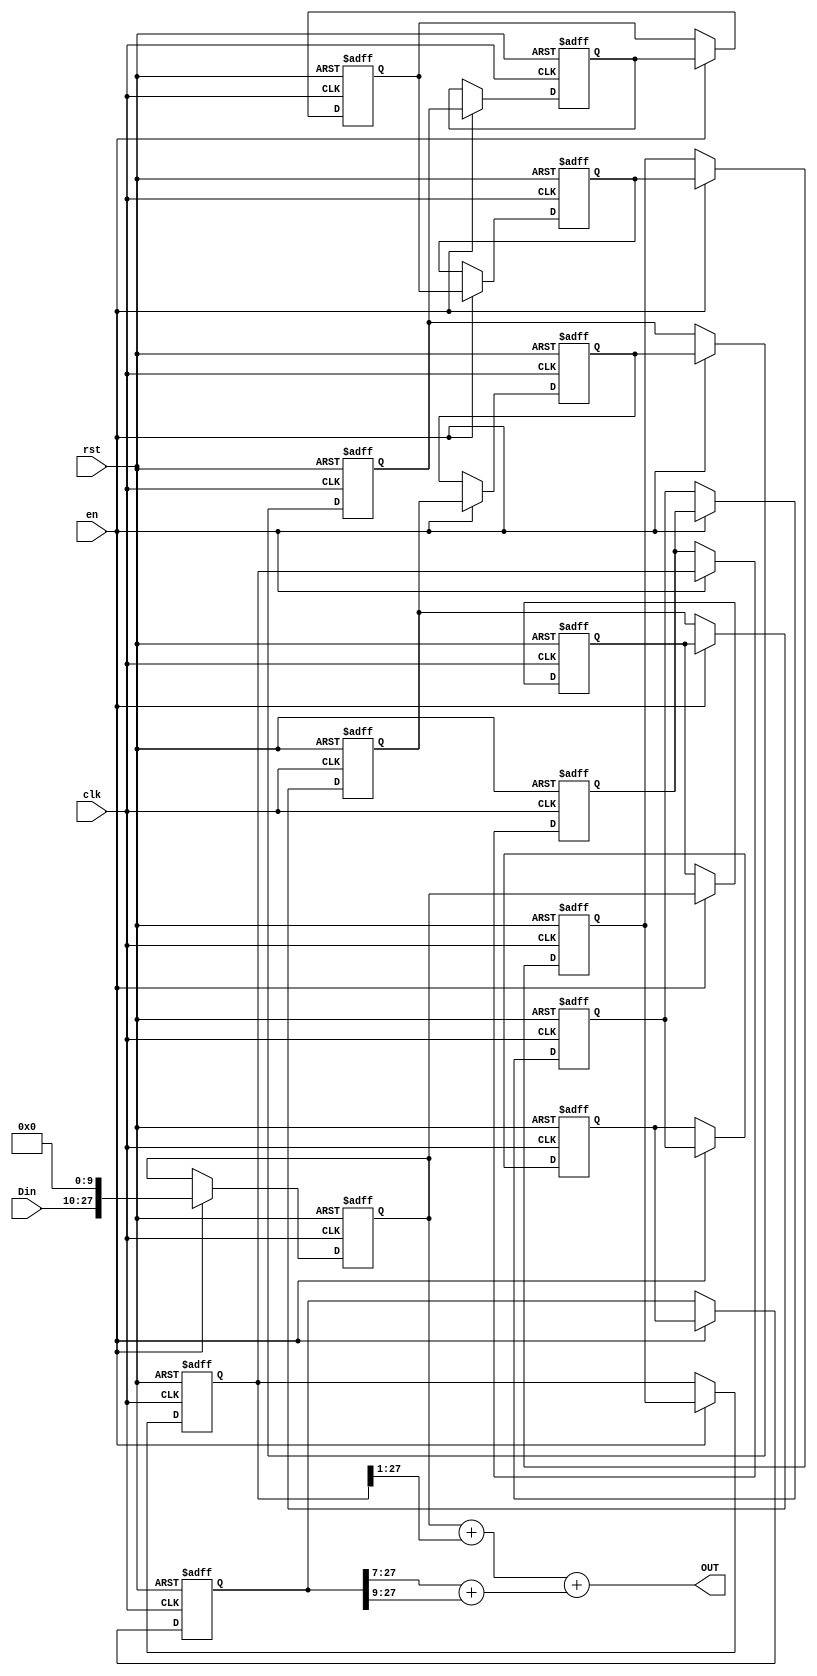
module MPC(clk, rst, en, Din, OUT);
input clk, rst, en;
input signed [17:0] Din;
output signed [27:0] OUT;

reg signed [27:0] D [0:13];
wire signed [27:0] D_4;
wire signed [27:0] D_9;
wire signed [27:0] D_13;

integer i;

always @(posedge clk or posedge rst) begin
	if (rst) begin
	    for(i = 0; i < 14; i = i + 1) begin
	    	D[i] <= 28'd0;
	    end
	end
	else if(en) begin
		for(i = 1; i < 14; i = i + 1) begin
			D[0] <= {Din, 10'd0};
			D[i] <= D[i - 1];
		end
	end
	else begin
		for(i = 0; i < 14; i = i + 1) begin
			D[i] <= D[i];
		end
	end
end

assign D_4 = (D[4] >>> 2) + (D[4] >>> 4) + (D[4] >>> 9) + (D[4] >>> 10);
assign D_9 = (D[9] >>> 1);
assign D_13 = (D[13] >>> 7) + (D[13] >>> 9);

assign OUT = D[0] + D_9 + D_13;

endmodule